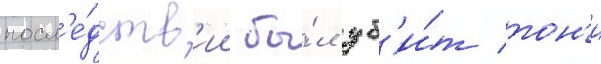
посл'е́дств'ии бы́л уб'и́т тон'и